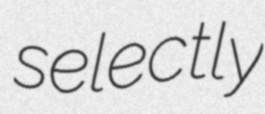
selectly